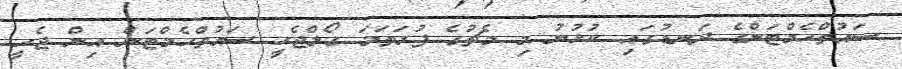
ސައުތްހެމްޓަންގެ ދަނޑުގައި ކުޅުނު މި މެޗުގެ ފުރަތަމަ ގޯލްޖެހީ ސައުތްހެމްޓަން އިން ޖެހީ